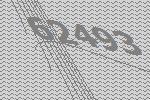
62493